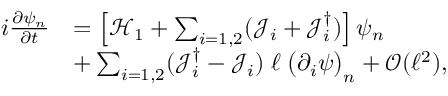
\begin{array} { r } { \begin{array} { r l } { i \frac { \partial \psi _ { n } } { \partial t } } & { = \left[ \mathcal { H } _ { 1 } + \sum _ { i = 1 , 2 } ( \mathcal { J } _ { i } + \mathcal { J } _ { i } ^ { \dagger } ) \right] \psi _ { n } } \\ & { + \sum _ { i = 1 , 2 } ( \mathcal { J } _ { i } ^ { \dagger } - \mathcal { J } _ { i } ) \; \ell \; \big ( \partial _ { i } \psi \big ) _ { n } + \mathcal { O } ( \ell ^ { 2 } ) , } \end{array} } \end{array}